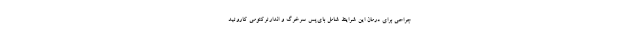
جراحی برای درمان این شرایط شامل بای‌پس سرخرگ و اندارترکتومی کاروتید